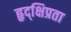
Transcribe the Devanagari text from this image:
हृद्‌क्षिप्रता